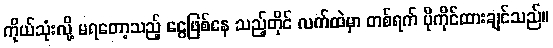
ကိုယ်သုံးလို့ မရတော့သည့် ငွေဖြစ်နေ သည့်တိုင် လက်ထဲမှာ တစ်ရက် ပိုကိုင်ထားချင်သည်။